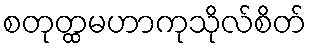
စတုတ္ထမဟာကုသိုလ်စိတ်